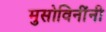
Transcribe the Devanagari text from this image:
मुसोविनींनी